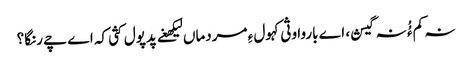
نہ کم ءُُ نہ گیش، اے باروا وثی کہول ءِ مردماں لیکھغے پدپول کثی کہ اے چے رنگا؟